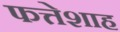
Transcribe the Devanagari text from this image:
फत्तेशाह